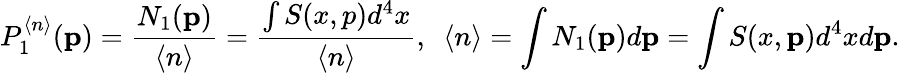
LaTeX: P_{1}^{\langle n\rangle}({\mathbf p})=\frac{N_{1}({\mathbf p})}{\langle n\rangle}=\frac{\int S(x,p)d^{4}x}{\langle n\rangle},~~\langle n\rangle=\int N_{1}({\mathbf p})d{\mathbf p}=\int S(x,{\mathbf p})d^{4}xd{\mathbf p}.